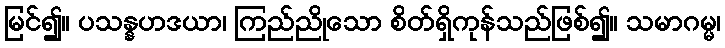
မြင်၍။ ပသန္နဟဒယာ၊ ကြည်ညိုသော စိတ်ရှိကုန်သည်ဖြစ်၍။ သမာဂမ္မ၊